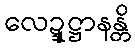
လေဍ္ဍုဋ္ဌာနန္တိ